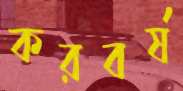
করবর্ষ